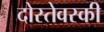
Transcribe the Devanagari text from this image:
दोस्तेवस्की